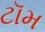
ટૉમ